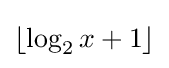
{\textstyle \lfloor \log _{2}x+1\rfloor }